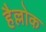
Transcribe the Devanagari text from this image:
हैल्लोक